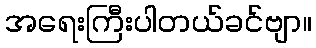
အရေးကြီးပါတယ်ခင်ဗျာ။